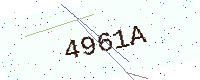
Text: 4961A